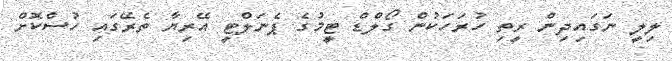
ލިލީ ނަގައިދިން ރީތި ހުރަހަކުން ގޯލްޑް ޓީމުގެ ޕެނަލްޓީ އޭރިޔާ ތެރޭގައި ހުސްކޮށް